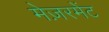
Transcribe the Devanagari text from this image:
मेज़रमेंट